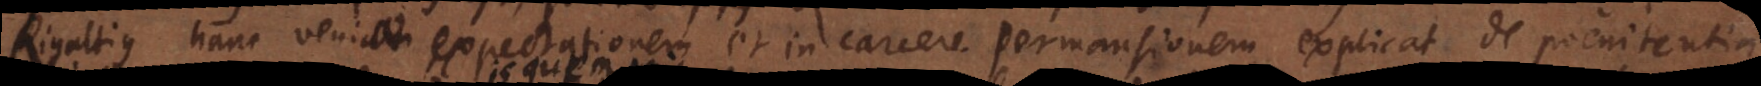
Rigaltius hanc veniae expectationem et in carcere permansionem explicat de poenitentia